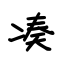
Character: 凑